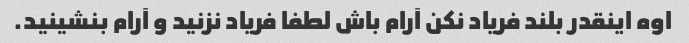
اوه اینقدر بلند فریاد نکن آرام باش لطفا فریاد نزنید و آرام بنشینید.